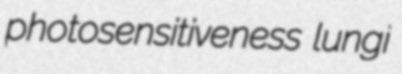
photosensitiveness lungi